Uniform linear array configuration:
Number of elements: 24
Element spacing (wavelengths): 0.5
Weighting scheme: kaiser
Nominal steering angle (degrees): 30
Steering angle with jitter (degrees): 30.331
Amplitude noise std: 0.05
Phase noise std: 0.05

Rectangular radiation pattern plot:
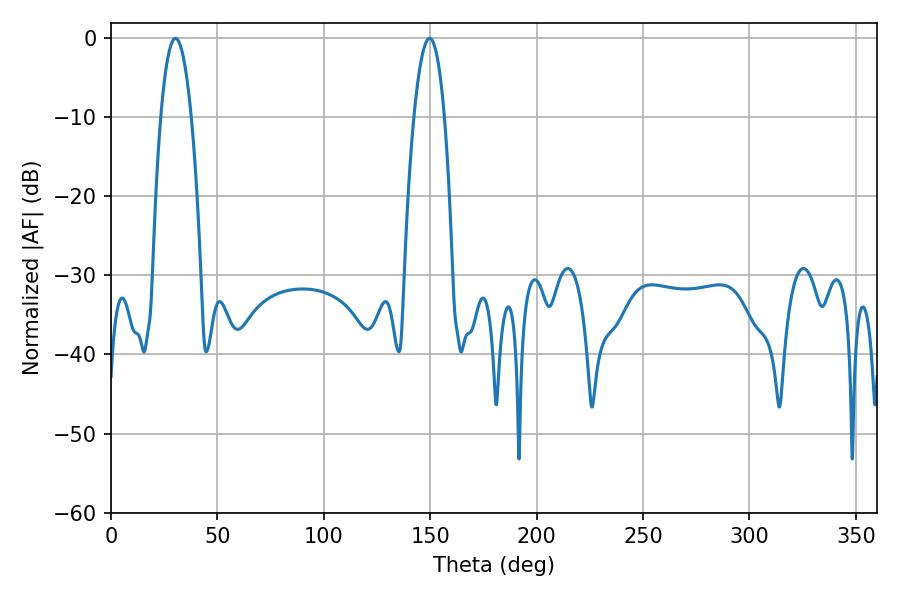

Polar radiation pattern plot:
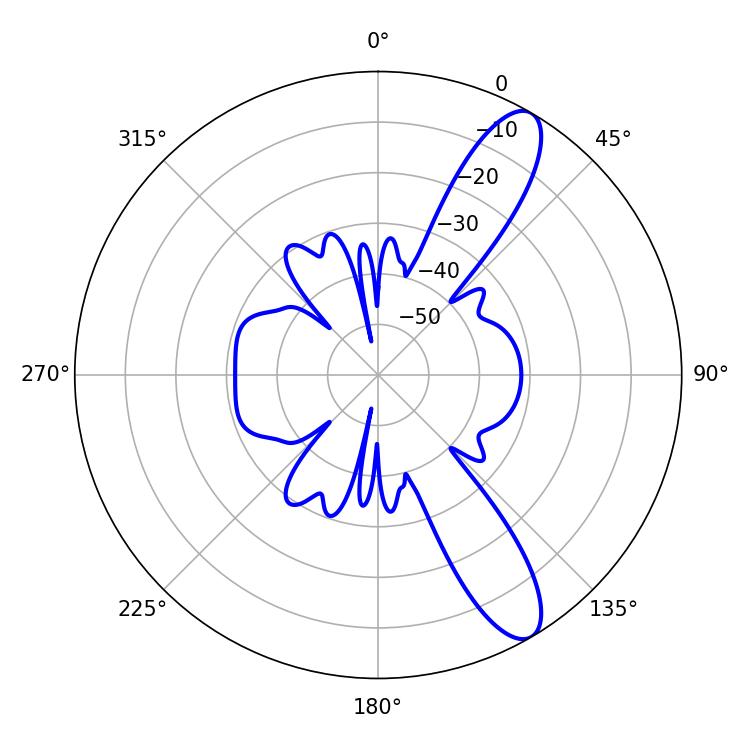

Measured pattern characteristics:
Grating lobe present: FALSE
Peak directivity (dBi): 11.259
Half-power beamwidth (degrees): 7.92
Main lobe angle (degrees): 30.24